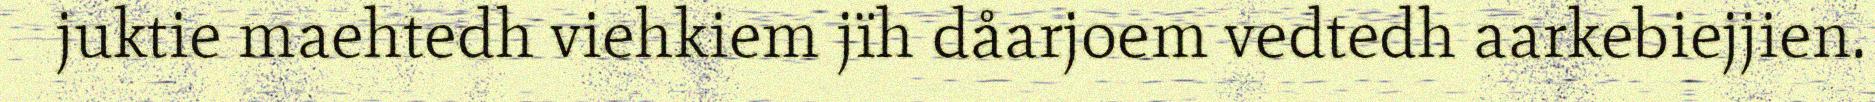
juktie maehtedh viehkiem jïh dåarjoem vedtedh aarkebiejjien.